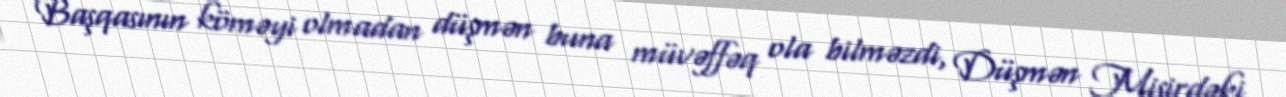
Başqasının köməyi olmadan düşmən buna müvəffəq ola bilməzdi, Düşmən Misirdəki